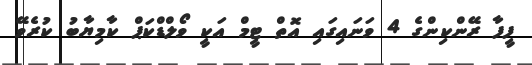
ފީފާ ރޭންކިންގެ 4 ވަނައިގައި އޮތް ޓީމް އަކީ ވޯލްޑްކަޕް ކާމިޔާބު ކުރެވޭ